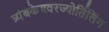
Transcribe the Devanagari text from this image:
त्र्यंबकेश्‍वरज्योर्तिलिंग